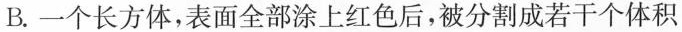
B.一个长方体，表面全部涂上红色后，被分割成若干个体积